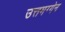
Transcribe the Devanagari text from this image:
उत्तमग्गेन